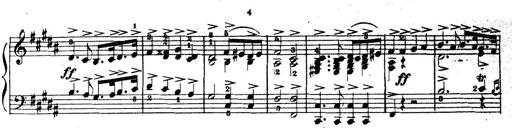
Title: Wagner-Liszt Album
Composer: Franz Liszt